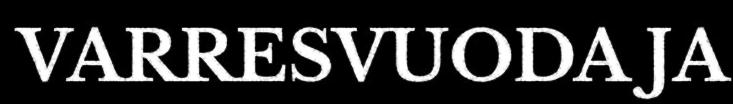
VARRESVUODA JA